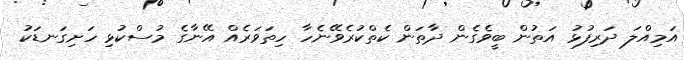
އަމިއްލަ ދަރިފުޅު އަތުން ބީވެގެން ދާތަން ކެތްކުރެވޭނެހާ ހިތަވަރެއް އޭނާގެ މުސްކުޅި ހަށިގަނޑަކު